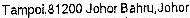
TAMPOI,81200 JOHOR BAHRU,JOHOR